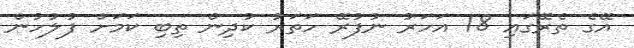
އޭގެ ތެރޭގައި 18 އަހަރު ނުފުރޭ ހަތަރު ކުދިން ތިބި ކަމަށް ފުލުހުން